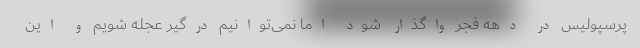
پرسپولیس در دهه فجر واگذار شود اما نمی‌توانیم درگیر عجله شویم و این